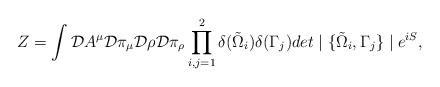
LaTeX: \begin{align*}Z= \int {\cal D} A^\mu {\cal D} \pi_\mu {\cal D} \rho {\cal D} \pi_\rho \prod_{i,j = 1}^{2} \delta(\tilde{\Omega}_i) \delta(\Gamma_j) det \mid \{ \tilde{\Omega}_i, \Gamma_j \} \mid e^{iS},\end{align*}